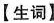
【生词】